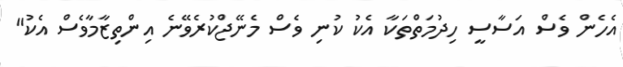
އެހެން ވެސް އަސާސީ ހިދުމަތްތަކާ އެކު ކުނި ވެސް މެނޭޖްކުރެވޭނެ އިންތިޒާމާވެސް އެކު"